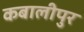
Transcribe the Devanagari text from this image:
कबालीपुर